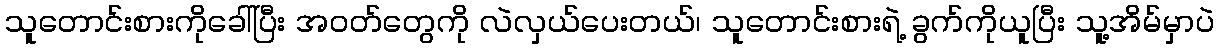
သူတောင်းစားကိုခေါ်ပြီး အဝတ်တွေကို လဲလှယ်ပေးတယ်၊ သူတောင်းစားရဲ့ ခွက်ကိုယူပြီး သူ့အိမ်မှာပဲ